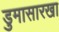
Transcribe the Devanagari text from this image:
डुमासारखा